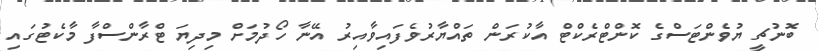
ބޮނުޗީ ޔުވެންޓަސްގެ ކޮންޓްރެކްޓް އާކުރަން ތައްޔާރުވެފައިވާއިރު އޭނާ ހޯދުމަށް މިދިޔަ ޓްރާންސްފާ މާކެޓުގައި